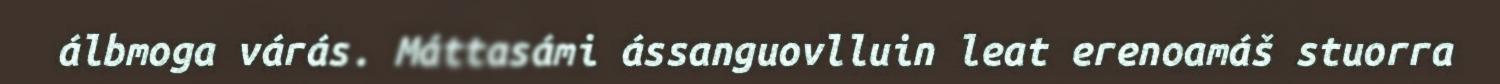
álbmoga várás. Máttasámi ássanguovlluin leat erenoamáš stuorra